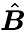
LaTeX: \hat{\boldsymbol B}